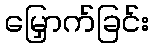
မြှောက်ခြင်း